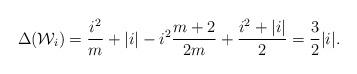
LaTeX: \begin{align*} \Delta(\mathcal W_i) = \frac{i^2}{m} + |i| - i^2 \frac{m+2}{2m} + \frac{i^2 + |i|}{2} = \frac{3}{2} |i|. \end{align*}